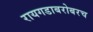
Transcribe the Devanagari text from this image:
रायगडाबरोबरच